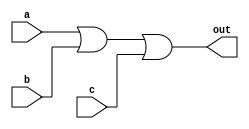
module three_input_OR_gate (
    input wire a,
    input wire b,
    input wire c,
    output reg out
);

always @(a, b, c) begin
    out = a | b | c;
end

endmodule